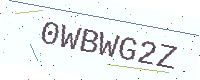
Text: 0WBWG2Z